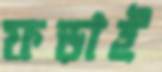
ফড়াই